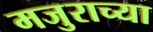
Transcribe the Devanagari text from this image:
मजुराच्या